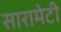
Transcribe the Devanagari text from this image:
सारामेटी